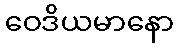
ဝေဒိယမာနော